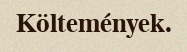
Költemények.